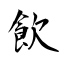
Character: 飮